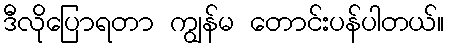
ဒီလိုပြောရတာ ကျွန်မ တောင်းပန်ပါတယ်။